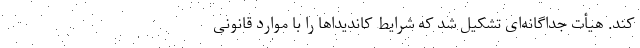
کند. هیأت جداگانه‌ای تشکیل شد که شرایط کاندیداها را با موارد قانونی